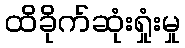
ထိခိုက်ဆုံးရှုံးမှု